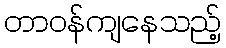
တာဝန်ကျနေသည့်